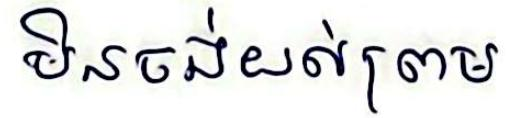
មិនចង់យល់ព្រម